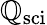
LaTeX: \mathbb{Q}_{\mathrm{{sci}}}